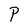
Character: P